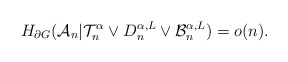
\begin{align*} H_{\partial G}(\mathcal{A}_n \vert \mathcal{T}_n^\alpha \vee D_n^{\alpha,L} \vee \mathcal{B}_n^{\alpha,L}) = o(n).\end{align*}